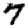
Digit: 7